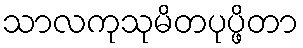
သာလကုသုမိတပုပ္ဖိတာ